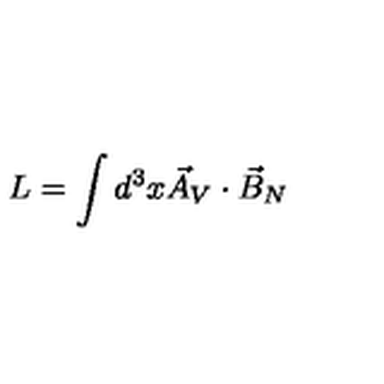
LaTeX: L = \int d ^ { 3 } x \vec { A } _ { V } \cdot \vec { B } _ { N }